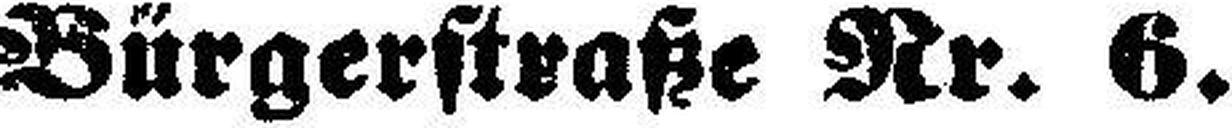
Bürgerstraße Nr. 6.